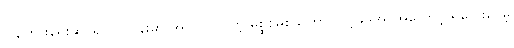
ပြန်ကြားရေးဆိုင်ရာလုပ်ငန်းမှာ အလုပ်လုပ်တဲ့ မစ္စစမစ်သ်ဟာ လင့်ခ်ဒ်အင်အကောင့် ရှိသေးပေမဲ့